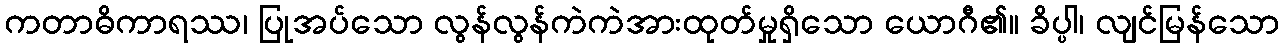
ကတာဓိကာရဿ၊ ပြုအပ်သော လွန်လွန်ကဲကဲအားထုတ်မှုရှိသော ယောဂီ၏။ ခိပ္ပါ၊ လျင်မြန်သော